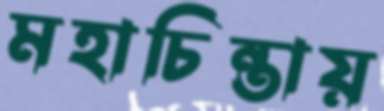
মহাচিন্তায়